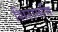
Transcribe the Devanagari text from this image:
शिरामणि